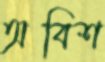
অবিশ